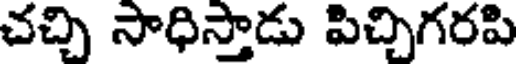
చచ్చి సాధిస్తాడు పిచ్చిగరపి